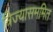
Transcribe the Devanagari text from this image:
त्रिज्यासममित